Annual statistical returns and brief notes on vaccination in Bengal - 1887-1898
Year: 1887
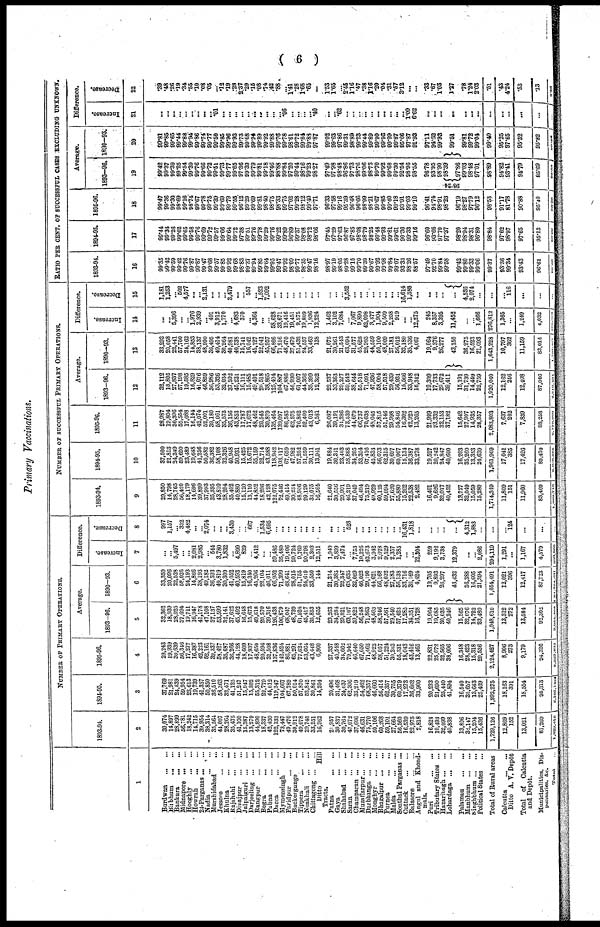
( 6 )
Primary Vaccinations.
1
Burdwan
...
...
Birbhum
...
...
Bankura
...
...
Midnapore
...
...
Hooghly
...
...
Howrah
...
...
24-Parganas ... ...
Nadia ... ...
Murshidabad
...
Jessore
...
...
Khulna
...
...
Rajshahi
...
...
Dinajpur
...
...
Jalpaiguri
...
...
Darjeeling
...
...
Rangpur
...
...
Bogra
...
...
Pabna
...
...
Dacca
...
...
Mymensingh
...
Faridpur
...
...
Backergunge ...
Tippera
...
...
Noakhali
...
...
Chittagong
...
...
Ditto
Hill
Tracts.
Patna
...
...
Gaya
...
...
Shahabad ... ...
Saran
...
...
Champaran ... ...
Muzaffarpur ... ...
Darbhanga
...
...
Monghyr
...
...
Bhagalpur
...
...
Purnea
...
...
Malda
...
...
Sonthal Parganas ...
Cuttack
...
...
Balasore
...
...
Angul and Khond¬
mals.
Puri
...
...
Tributary States ...
Hazaribagh ... ...
Lohardaga
...
...
Palamau
...
...
Manbhum
...
...
Singhbhum ... ...
Political States ...
Total of Rural areas
Calcutta
...
...
Ditto A. V. Depôt
Total of Calcutta
and Depôt.
Municipalities, Dis¬
pensaries. &c.
Total ...
NUMBER OF PRIMARY OPERATIONS.
1893-94.
2
30,074
14,897
28,899
56,781
18,242
14,715
39,954
38,314
35,564
44,007
28,264
35,475
41,100
15,387
13,279
44,890
18,337
42,430
122,133
73,447
49,470
30,912
49,078
29,745
33,251
16,962
21,957
30,837
30,764
47,072
37,606
46,631
75,770
50,106
60,268
59,101
27,664
56,560
16,539
22,975
2,818
16,828
10,493
32,099
40,838
13,806
32,147
15,204
15,436
1,729,126
12,869
152
13,021
87,269
1,820,416
1894-95.
3
37,769
21,981
24,539
59,954
23,613
19,739
41,357
50,850
36,510
58,363
32,471
41,125
51,247
15,947
15,802
55,312
22,779
44,012
119,347
104,667
67,789
50,014
57,870
52,842
30,861
14,204
20,496
31,468
24,037
62,306
35,219
54,462
68,357
46,660
56,414
62,357
30,755
60,379
17,273
36,662
33,900
20,233
21,690
25,440
41,894
16,540
35,657
13,643
25,469
1,992,275
18,163
391
18,554
95,313
2,106,142
1895-96.
4
29,243
19,939
30,639
56,346
17,277
16,387
42,223
52,161
39,337
53,427
35,687
36,266
44,128
18,609
17,937
48,650
20,594
31,508
137,836
142,524
86,881
65,291
77,624
53,664
43,448
6,800
27,337
40,548
34,662
79,942
46,640
67,650
71,462
48,922
58,057
51,224
30,203
55,331
18,043
43,416
13,465
22,831
25,072
32,565
38,006
16,348
28,423
15,318
29,536
2,124,427
8,906
273
9,179
94,326
2,227,932
Average.
1893-96.
5
32,362
18,939
28,025
57,694
19,711
16,947
41,178
47,108
37,137
53,599
32,141
37,622
45,492
16,648
15,673
49,618
20,570
39,316
126,438
106,879
68,047
48,739
61,524
45,417
35,853
12,655
23,263
34,284
29,821
63,107
39,822
56,248
71,863
48,563
58,246
57,561
29,540
57,423
17,285
34,351
16,728
19,964
19,085
30,035
40,246
15,565
32,076
14,722
23,480
1,948,610
13,312
272
13,584
92,302
2,054,405
1890-93.
6
33,359
20,096
22,528
58,026
24,193
14,866
38,193
49,182
36,593
49,819
30,309
41,052
40,593
15,819
16,340
45,206
22,104
46,011
66,952
71,399
48,641
28,015
51,755
24,619
33,550
144
21,314
30,385
22,347
63,635
32,069
46,022
29,190
44,621
56,168
48,032
27,183
56,138
33,716
36,169
4,424
19,705
9,893
26,297
43,432
36,388
16,605
21,394
1,654,491
12,021
396
12,417
87,723
111,754,631
Difference.
Increase.
7
...
...
5,497
...
... 2,081
2,985
... 544
3,780
1,832
... 4,899
829
... 4,412
...
...
59,486
35,480
19,406
20,724
9,769
20,798
2,303
12,511
1,949
3,899
7,474
... 7,753
10,226
42,673
3,942
2,078
9,529
2,357
1,285
...
...
12,304
259
9,192
3,738
12,379
...
... 2,086
294,119
1,291
...
1,167
4,579
299,865
Decrease.
8
997
1,157
... 332
4,482
...
...
2,074
...
...
...
3,430
...
... 667
... 1,534
6,695
... ...
...
...
...
...
...
...
...
...
... 528
...
...
...
...
...
...
...
...
16,431
1,818
...
...
...
...
...
4,312
1,883
...
...
...
124
...
...
...
NUMBER OF SUCCESSFUL PRIMARY OPERATIONS.
1893-94.
9
29,850
14,798
28,765
56,420
18,179
14,696
39,899
37,993
35,395
43,810
28,204
35,402
40,880
15,120
13,110
44,852
18,296
42,128
122,075
72,446
49,414
30,234
48,906
29,129
33,075
16,564
21,640
30,556
29,991
46,219
37,049
46,494
75,219
49,929
60,125
59,094
27,620
55,880
15,262
22,538
2,482
16,401
9,626
32,017
40,452
13,727
32,049
15,059
15,280
1,714,349
11,809
151
11,960
83,409
1,809,718
1894-95.
10
37,500
21,813
24,349
59,620
23,489
19,648
41,256
50,582
36,382
58,108
32,326
40,948
50,931
15,425
15,672
55,159
22,714
43,588
118,942
103,117
67,659
47,982
57,252
51,559
30,111
13,941
19,884
30,341
23,403
58,868
34,205
53,324
67,416
45,833
56,073
62,315
30,697
60,067
15,134
36,387
33,278
19,527
20,242
24,847
40,600
16,203
35,260
13,353
24,639
1,961,969
17,041
385
17,426
89,470
2,068,865
1895-96.
11
28,987
19,804
30,396
55,554
17,088
16,144
42,074
52,001
39,180
58,061
35,573
36,156
43,853
17,787
17,672
48,462
20,545
30,879
135,464
139,097
86,585
62,575
76,862
52,409
43,013
6,581
26,087
39,191
34,286
73,539
44,679
66,737
70,638
48,045
57,815
51,146
29,998
54,846
16,302
42,920
13,265
21,999
23,332
32,153
37,182
15,642
27,907
14,935
28,357
2,083,803
7,637
202
7,839
88,258
2,178,900
Average.
1893-96.
12
32,112
18,805
27,837
57,198
19,585
16,829
41,076
46,859
36,986
53,326
32,034
37,502
45,221
16,111
15,485
49,491
20,518
38,865
125,494
104,887
67,886
46,930
61,007
44,366
35,399
12,362
22,537
33,363
29,227
59,542
38,644
55,518
71,091
47,936
58,004
57,518
29,439
56,931
15,566
33,948
16,342
19,309
17,733
29,672
39,411
15,191
31,739
14,449
22,759
1,920,040
12,162
246
12,408
87,046
2,019,494
1890-93.
13
33,293
20,058
22,441
57,700
24,162
14,853
38,137
48,990
36,495
49,414
30,264
40,981
40,538
15,741
16,042
45,127
22,041
45,957
66,866
71,216
48,470
27,479
51,432
24,557
33,463
138
21,075
30,261
21,543
63,094
31,577
45,628
28,993
44,559
56,100
48,009
27,181
56,012
32,180
35,336
4,067
19,064
9,376
26,277
43,150
36,275
16,523
21,093
1,643,228
10,797
362
11,159
83,014
1,737,401
Difference.
Increase.
14
...
... 5,396
...
... 1,976
2,939
...
491
3,912
1,770
... 4,683
370
...
4,364
...
... 58,628
33,671
19,416
19,451
9,575
19,809
1,936
12,224
1,462
3,102
7,684
... 7,067
9,890
42,098
3,377
1,904
9,509
2,258
919
...
...
12,275
245
8,357
3,395
11,452
...
...
1,666
276,812
1,365
...
1,249
4,032
980,003
Decrease.
15
1,181
1,253
... 502
4,577
...
...
2,131
...
...
...
3,479
...
... 557
...
1,523
7,092
...
...
... ...
...
... ...
...
...
...
... 3,552
...
...
... ...
...
...
...
...
16,614
1,388
...
...
...
...
...
4,536
2,074
...
...
...
116
...
...
...
RATIO PER CENT. OF SUCCESSFUL CASES EXCLUDING UNKNOWN.
1893-94.
16
99.35
99.42
99.59
99.42
99.76
99.87
99.87
99.47
99.68
99.57
99.85
99.92
99.68
98.83
99.37
99.94
99.85
99.64
99.95
99.47
99.92
98.09
99.77
98.35
99.47
98.16
98.97
99.19
98.05
99.28
99.15
99.70
99.39
99.67
99.92
99.98
99.84
99.07
93.33
98.26
88.57
97.49
92.70
99.84
99.58
99.42
99.80
99.33
99.06
99.37
93.36
99.34
93.43
96.61
99.20
1894-95.
17
99.44
99.34
99.26
99.62
99.65
99.58
99.76
99.69
99.72
99.57
99.66
99.64
99.72
97.38
99.51
99.76
99.78
99.29
99.76
99.22
99.89
96.89
99.37
98.08
98.72
98.66
97.45
97.29
97.63
96.87
97.85
98.08
98.79
98.25
99.48
99.93
99.81
99.61
90.36
99.33
99.16
96.60
93.66
97.70
97.37
98.20
98.94
98.31
96.80
98.84
97.62
98.97
97.65
95.13
98.66
1895-96.
18
99.47
99.36
99.30
98.69
99.16
98.74
99.67
99.78
99.75
99.39
99.69
99.79
99.55
96.12
99.29
99.69
99.81
98.40
98.75
98.33
99.75
97.02
99.28
98.12
99.40
97.71
96.33
97.58
99.16
95.39
96.48
96.66
98.99
98.21
99.67
99.85
99.40
99.18
93.91
99.03
99.10
96.41
94.74
98.91
98.23
96.19
98.27
97.79
96.12
98.53
91.17
81.78
90.88
95.40
98.39
Average.
1893-96.
19
99.42
99.37
99.39
99.25
99.54
99.39
99.76
99.66
99.72
99.51
99.73
99.77
99.65
97.36
99.39
99.79
99.81
99.18
99.46
98.88
99.84
97.20
99.44
98.16
99.23
98.27
97.49
97.98
98.48
96.86
97.73
98.76
99.06
98.73
99.70
99.92
99.68
99.30
92.54
98.96
98.55
96.78
93.95
98.90
98.24
98.39
97.86
99.03
98.48
97.01
98.89
94.82
93.41
94.79
95.69
95.28
1890-93.
20
90.81
99.85
99.65
99.44
99.88
99.94
99.86
99.74
99.77
99.50
99.85
99.96
99.93
99.73
99.68
99.94
99.89
99.92
99.88
99.76
99.78
98.61
99.72
99.84
99.88
97.87
99.02
99.63
97.86
99.31
98.89
99.23
99.44
99.89
99.90
99.96
99.99
99.87
95.66
97.87
91.93
97.11
94.62
99.93
99.51
99.81
99.72
99.04
99.40
95.25
97.65
95.32
95.82
99.26
Difference.
Increase.
21
...
... ...
...
...
...
...
...
... .01
...
...
...
...
...
...
... ...
...
... .06
...
...
...
... .40
...
... .62
...
...
...
...
...
...
...
...
...
...
1.09
6.62
...
...
...
...
...
...
...
...
...
...
...
...
...
Decrease.
22
.39
.48
.26
.19
.34
.55
.10
.08
.05
... .12
.19
.28
2.37
.29
.15
.08
.74
.42
.88
...
1.41
.28
1.68
.65
...
1.53
1.65
... 2.45
1.16
.47
.38
1.16
.20
.04
.31
.57
3.12
...
...
.33
.67
1. 03
1.27
.78
1.24
2.03
.51
.43
4.24
.53
.13
3.88